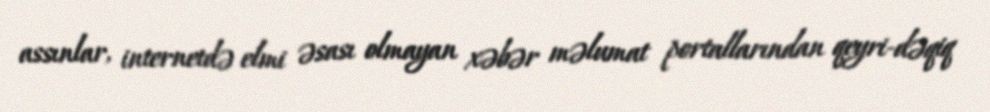
assınlar, internetdə elmi əsası olmayan xəbər məlumat portallarından qeyri-dəqiq